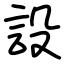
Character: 設